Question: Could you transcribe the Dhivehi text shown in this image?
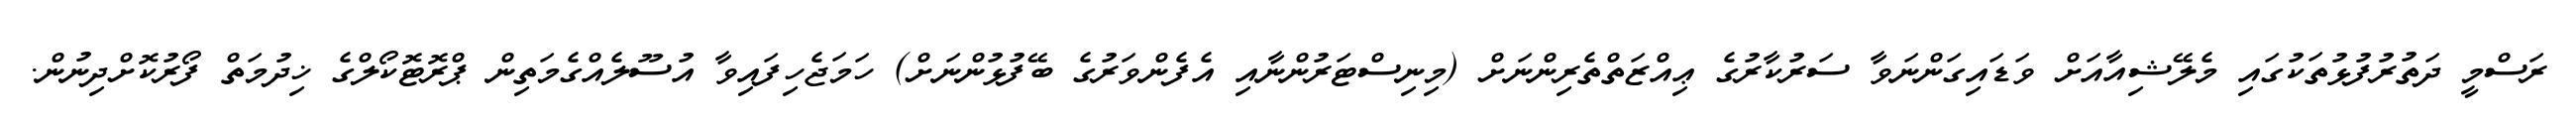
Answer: ރަސްމީ ދަތުރުފުޅުތަކުގައި މެލޭޝިއާއަށް ވަޑައިގަންނަވާ ސަރުކާރުގެ ޢިއްޒަތްތެރިންނަށް (މިނިސްޓަރުންނާއި އެފެންވަރުގެ ބޭފުޅުންނަށް) ހަމަޖެހިފައިވާ އުސޫލެއްގެމަތިން ޕްރޮޓޮކޯލްގެ ޚިދުމަތް ފޯރުކޮށްދިނުން.